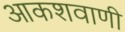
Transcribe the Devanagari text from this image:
आकशवाणी